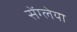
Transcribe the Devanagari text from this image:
सेंग्लेया